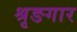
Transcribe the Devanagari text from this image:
श्रृङगार